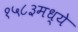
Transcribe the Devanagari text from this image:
१५८३मध्ये